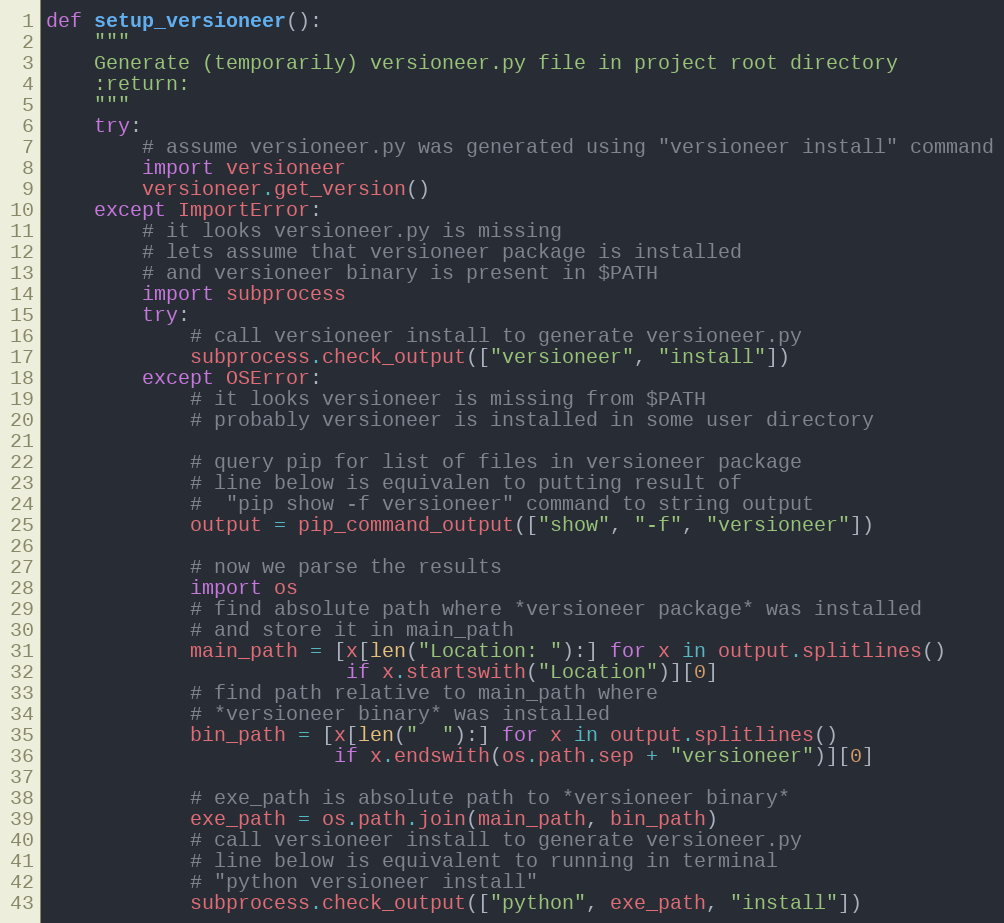
Language: Python
def setup_versioneer():
    """
    Generate (temporarily) versioneer.py file in project root directory
    :return:
    """
    try:
        # assume versioneer.py was generated using "versioneer install" command
        import versioneer
        versioneer.get_version()
    except ImportError:
        # it looks versioneer.py is missing
        # lets assume that versioneer package is installed
        # and versioneer binary is present in $PATH
        import subprocess
        try:
            # call versioneer install to generate versioneer.py
            subprocess.check_output(["versioneer", "install"])
        except OSError:
            # it looks versioneer is missing from $PATH
            # probably versioneer is installed in some user directory

            # query pip for list of files in versioneer package
            # line below is equivalen to putting result of
            #  "pip show -f versioneer" command to string output
            output = pip_command_output(["show", "-f", "versioneer"])

            # now we parse the results
            import os
            # find absolute path where *versioneer package* was installed
            # and store it in main_path
            main_path = [x[len("Location: "):] for x in output.splitlines()
                         if x.startswith("Location")][0]
            # find path relative to main_path where
            # *versioneer binary* was installed
            bin_path = [x[len("  "):] for x in output.splitlines()
                        if x.endswith(os.path.sep + "versioneer")][0]

            # exe_path is absolute path to *versioneer binary*
            exe_path = os.path.join(main_path, bin_path)
            # call versioneer install to generate versioneer.py
            # line below is equivalent to running in terminal
            # "python versioneer install"
            subprocess.check_output(["python", exe_path, "install"])